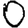
Digit: 0